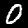
Digit: 0